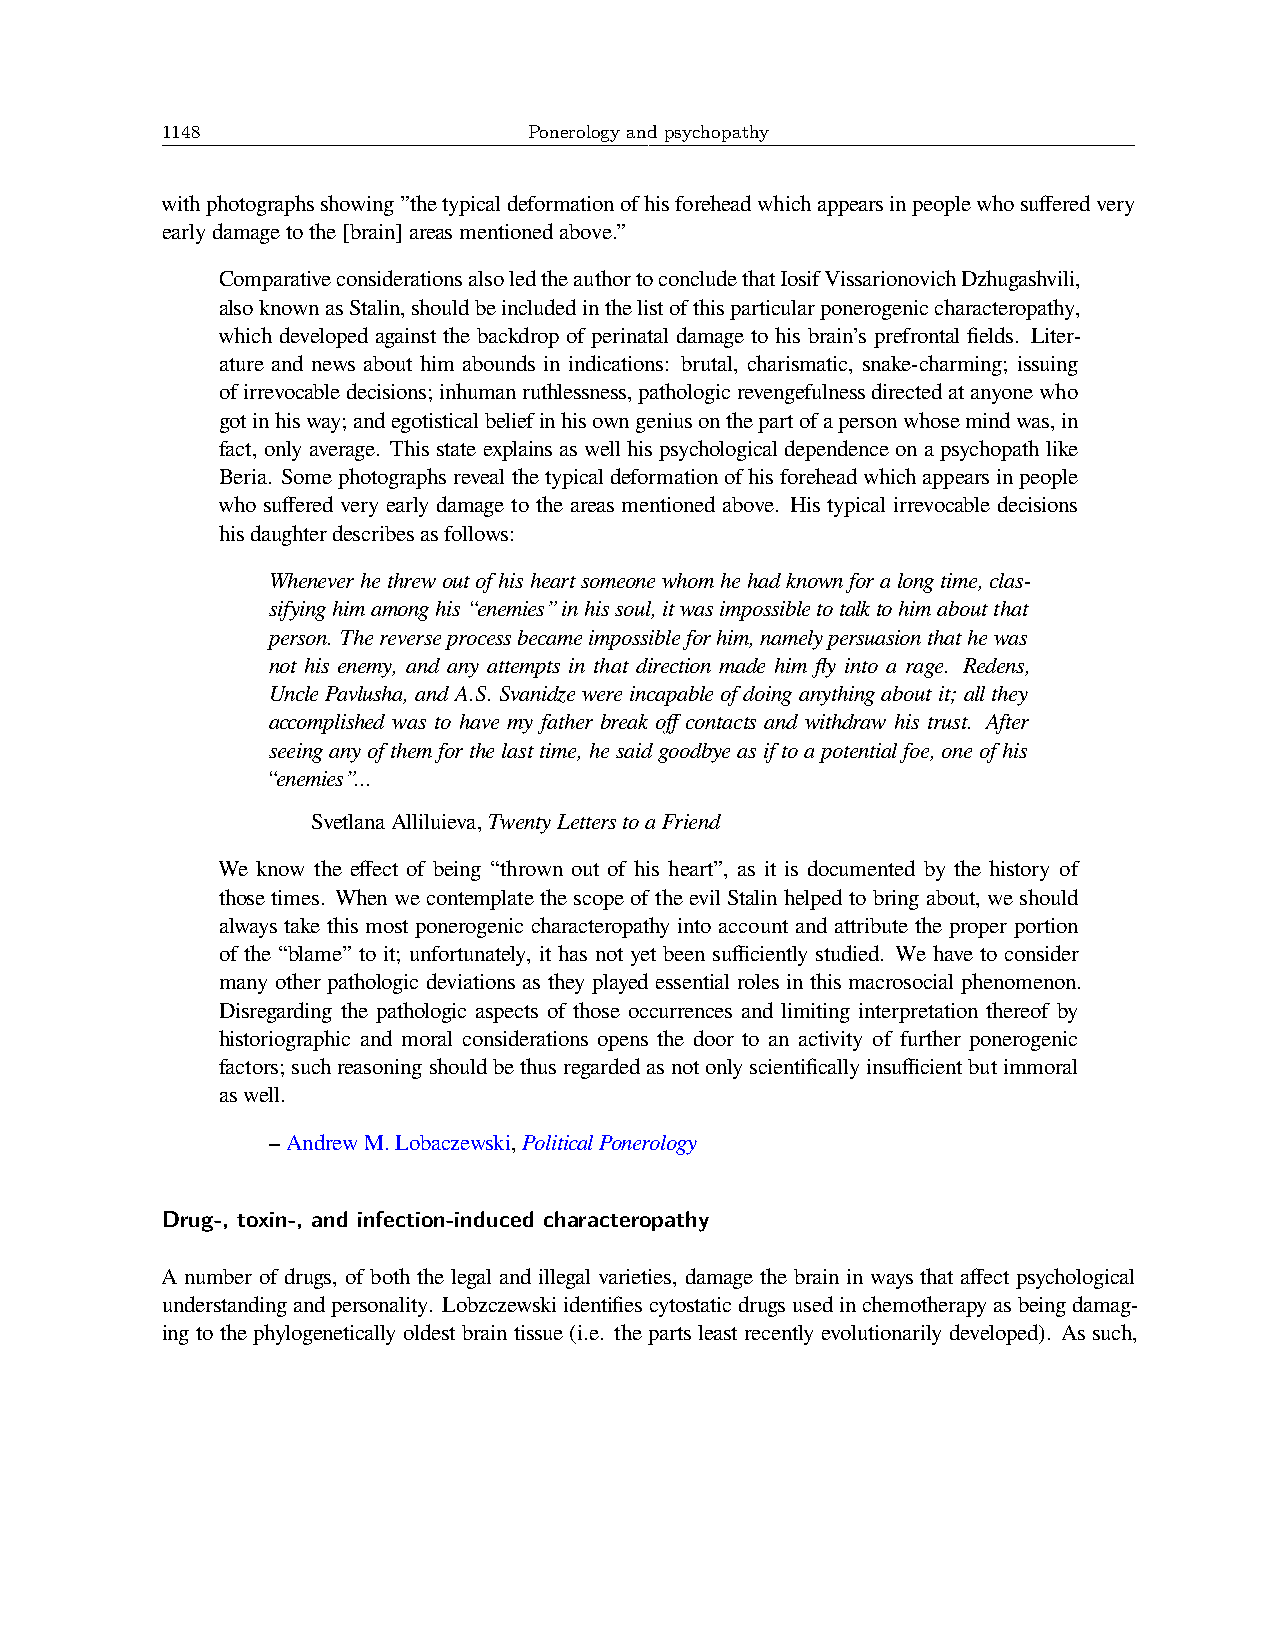
1148                    Ponerology and psychopathy
 withphotographsshowing”thetypicaldeformationofhisforeheadwhichappearsinpeoplewhosufferedvery
 earlydamagetothe[brain]areasmentionedabove.”
 ComparativeconsiderationsalsoledtheauthortoconcludethatIosifVissarionovichDzhugashvili,
 alsoknownasStalin,shouldbeincludedinthelistofthisparticularponerogeniccharacteropathy,
 which developed against the backdrop of perinatal damage to his brain’s prefrontal fields. Liter-
 ature and news about him abounds in indications: brutal, charismatic, snake-charming; issuing
 ofirrevocabledecisions;inhumanruthlessness,pathologicrevengefulnessdirectedatanyonewho
 gotinhisway;andegotisticalbeliefinhisowngeniusonthepartofapersonwhosemindwas,in
 fact, onlyaverage. Thisstateexplainsaswellhispsychologicaldependenceonapsychopathlike
 Beria. Somephotographsrevealthetypicaldeformationofhisforeheadwhichappearsinpeople
 who suffered very early damage to the areas mentioned above. His typical irrevocable decisions
 hisdaughterdescribesasfollows:
 Wheneverhethrewoutofhisheartsomeonewhomhehadknownforalongtime,clas-
 sifyinghimamonghis“enemies”inhissoul,itwasimpossibletotalktohimaboutthat
 person. Thereverseprocessbecameimpossibleforhim,namelypersuasionthathewas
 not his enemy, and any attempts in that direction made him fly into a rage. Redens,
 UnclePavlusha, andA.S.Svanidzewereincapableofdoinganythingaboutit; allthey
 accomplished was to have my father break off contacts and withdraw his trust. After
 seeinganyofthemforthelasttime,hesaidgoodbyeasiftoapotentialfoe,oneofhis
 “enemies”...
 SvetlanaAlliluieva,TwentyLetterstoaFriend
 We know the effect of being “thrown out of his heart”, as it is documented by the history of
 thosetimes. WhenwecontemplatethescopeoftheevilStalinhelpedtobringabout, weshould
 always take this most ponerogenic characteropathy into account and attribute the proper portion
 of the “blame” to it; unfortunately, it has not yet been sufficiently studied. We have to consider
 many other pathologic deviations as they played essential roles in this macrosocial phenomenon.
 Disregarding the pathologic aspects of those occurrences and limiting interpretation thereof by
 historiographic and moral considerations opens the door to an activity of further ponerogenic
 factors;suchreasoningshouldbethusregardedasnotonlyscientificallyinsufficientbutimmoral
 aswell.
 –AndrewM.Lobaczewski,PoliticalPonerology
 Drug-, toxin-, and infection-induced characteropathy
 A number of drugs, of both the legal and illegal varieties, damage the brain in ways that affect psychological
 understandingandpersonality. Lobzczewskiidentifiescytostaticdrugsusedinchemotherapyasbeingdamag-
 ing to the phylogenetically oldest brain tissue (i.e. the parts least recently evolutionarily developed). As such,